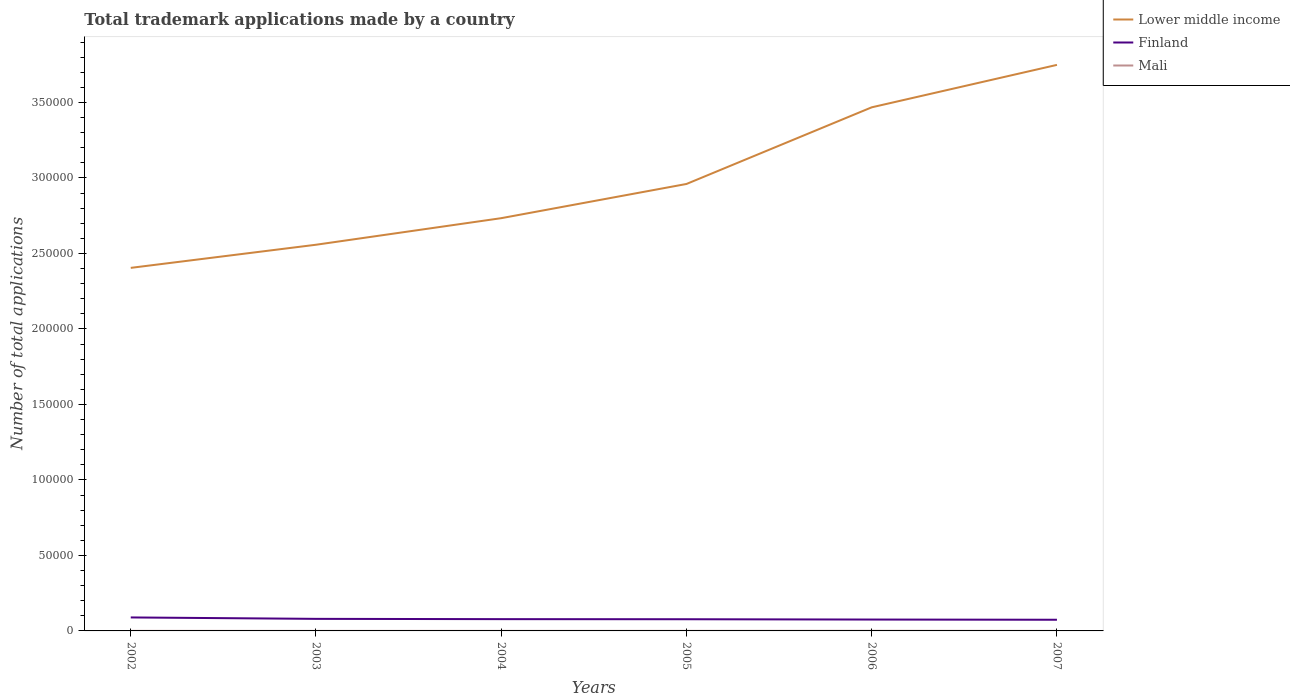
| Years | Lower middle income | Finland | Mali |
 | --- | --- | --- | --- |
 | 2002 | 2.4e+05 | 8.93e+03 | 29 |
 | 2003 | 2.56e+05 | 7.99e+03 | 25 |
 | 2004 | 2.73e+05 | 7.8e+03 | 28 |
 | 2005 | 2.96e+05 | 7.74e+03 | 43 |
 | 2006 | 3.47e+05 | 7.53e+03 | 84 |
 | 2007 | 3.75e+05 | 7.4e+03 | 33 |